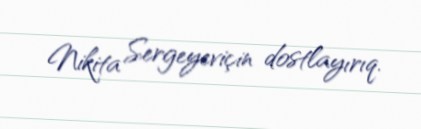
Nikita Sergeyeviçin dostlayırıq.